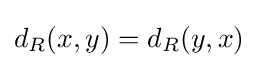
d_{R}(x,y)=d_{R}(y,x)